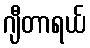
ဂျီတာရယ်